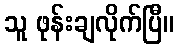
သူ ဖုန်းချလိုက်ပြီ။